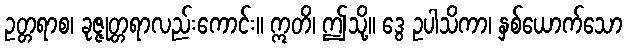
ဥတ္တရာစ၊ ခုဇ္ဇုတ္တရာလည်းကောင်း။ ဣတိ၊ ဤသို့။ ဒွေ ဥပါသိကာ၊ နှစ်ယောက်သော